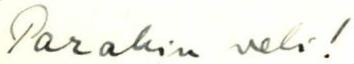
Parahin veli!